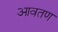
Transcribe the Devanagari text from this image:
आवतण